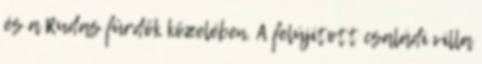
és a Rudas fürdők közelében. A felújított családi villa